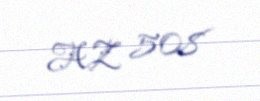
AZ 508